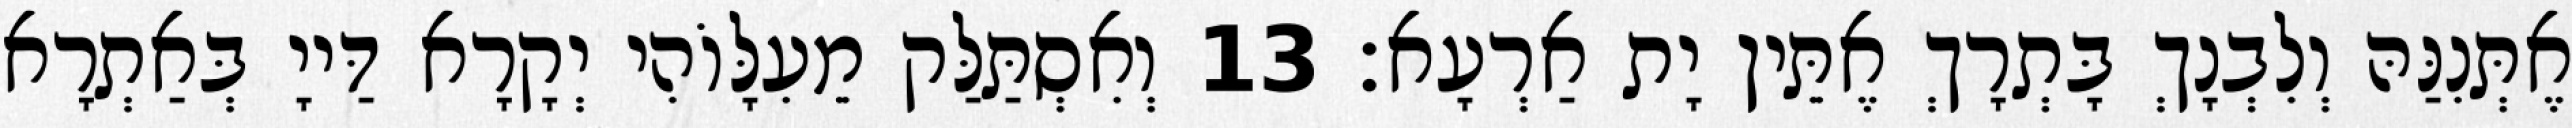
אֶתְּנִנַּהּ וְלִבְנָךְ בָּתְרָךְ אֶתֵּין יָת אַרְעָא׃ 13 וְאִסְתַּלַּק מֵעִלָּוֹהִי יְקָרָא דַּייָ בְּאַתְרָא